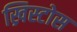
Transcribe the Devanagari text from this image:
ख्रिस्टोस